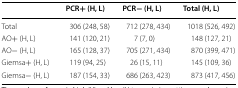
<table><thead><tr><td></td><td><b>PCR+ (H, L)</b></td><td><b>PCR− (H, L)</b></td><td><b>Total (H, L)</b></td></tr></thead><tbody><tr><td>Total</td><td>306 (248, 58)</td><td>712 (278, 434)</td><td>1018 (526, 492)</td></tr><tr><td>AO+ (H, L)</td><td>141 (120, 21)</td><td>7 (7, 0)</td><td>148 (127, 21)</td></tr><tr><td>AO− (H, L)</td><td>165 (128, 37)</td><td>705 (271, 434)</td><td>870 (399, 471)</td></tr><tr><td>Giemsa+ (H, L)</td><td>119 (94, 25)</td><td>26 (15, 11)</td><td>145 (109, 36)</td></tr><tr><td>Giemsa− (H, L)</td><td>187 (154, 33)</td><td>686 (263, 423)</td><td>873 (417, 456)</td></tr></tbody></table>